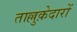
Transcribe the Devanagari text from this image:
ताल्लुक़ेदारों